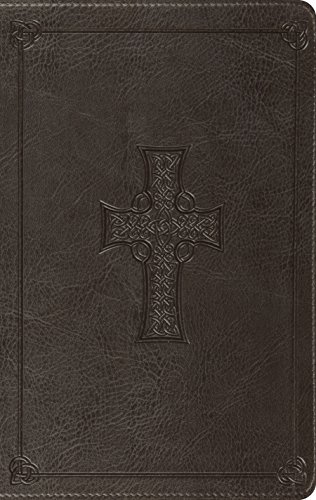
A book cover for ESV Value Thinline Bible (TruTone, Charcoal, Celtic Cross Design); ESV Bibles by Crossway; Christian Books & Bibles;